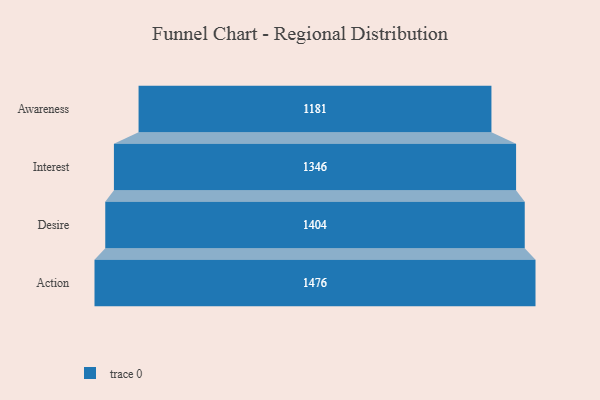
{"axis": {"x": "Stage", "y": "Value"}, "legend": [""], "data": [{"x": "Awareness", "y": 1181.0, "type": ""}, {"x": "Interest", "y": 1346.0, "type": ""}, {"x": "Desire", "y": 1404.0, "type": ""}, {"x": "Action", "y": 1476.0, "type": ""}]}